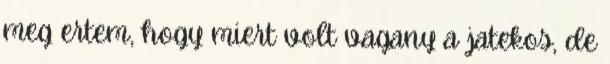
meg ertem, hogy miert volt vagany a jatekos, de